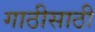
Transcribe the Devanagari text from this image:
गाठीसाठी